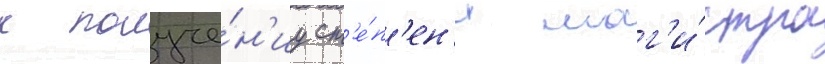
к получе́н'иу ст'е́п'ен'и маг'и́стра